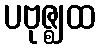
ပဗုဇ္ဈထ